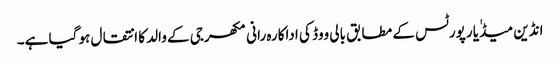
انڈین میڈٰیا رپورٹس کے مطابق بالی ووڈ کی اداکارہ رانی مکھرجی کے والد کا انتقال ہو گیا ہے۔